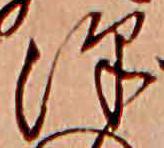
沢